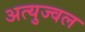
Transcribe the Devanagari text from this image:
अत्युज्वल